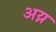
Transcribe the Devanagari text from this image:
अय्न